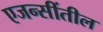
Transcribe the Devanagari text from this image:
एजन्सींतील